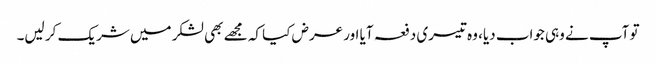
تو آپ نے وہی جواب دیا، وہ تیسری دفعہ آیا اور عرض کیا کہ مجھے بھی لشکر میں شریک کر لیں۔